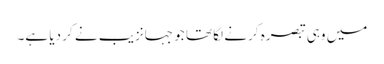
میں وہی تبصرہ کرنے لگا تھا جو جہانزیب نے کر دیا ہے۔